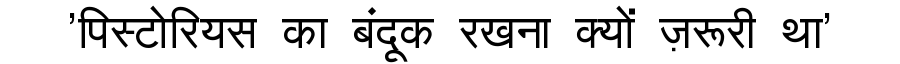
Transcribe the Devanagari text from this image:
'पिस्टोरियस का बंदूक रखना क्यों ज़रूरी था'